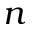
n